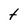
Character: t